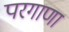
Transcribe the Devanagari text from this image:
परगाणा